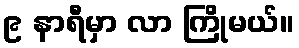
၉ နာရီမှာ လာ ကြိုမယ်။